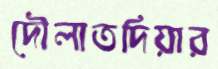
দৌলাতদিয়ার